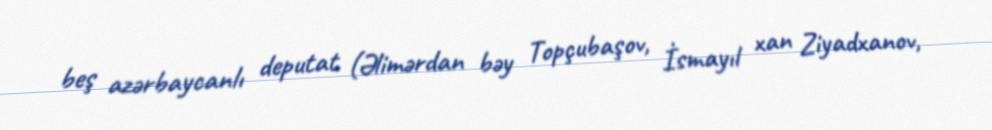
beş azərbaycanlı deputat (Əlimərdan bəy Topçubaşov, İsmayıl xan Ziyadxanov,